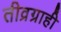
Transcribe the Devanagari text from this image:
तीव्रग्राही